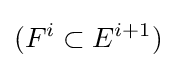
(F^{i}\subset E^{i+1})